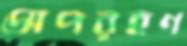
অপরহণ